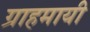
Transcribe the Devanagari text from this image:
ग्राहमायी